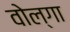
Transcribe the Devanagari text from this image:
वोल्‍गा